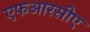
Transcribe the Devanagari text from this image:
एफआरसीए